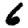
Digit: 6